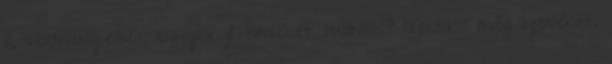
a vélemény.ezek ennyire jó filmeket tudnak? Mutass még ilyeneket.